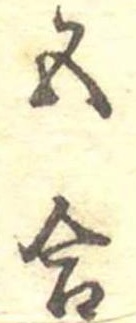
五合